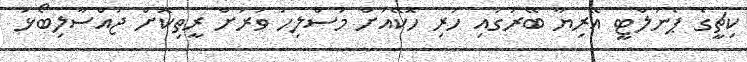
ކިޗީގެ ޕެނަލްޓީ އޭރިޔާ ބޭރުގައި ހުރި ހޮކޭއަށް މުސްލިހު ވަރަށް ރީތިކޮށް ޖައްސާލިބޯޅަ